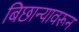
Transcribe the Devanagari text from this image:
बिछान्यावरून